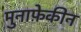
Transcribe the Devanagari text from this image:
मुनाफ़ेकीन